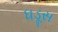
ધડૂસ